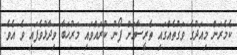
ކެމެރަން މިއަދުގެ ވަގުތެއްގައި ތެރީސާއަށް ފޯނު ކުރައްވައި މަރުހަބާ ވިދާޅުވެފައި ވެ އެވެ.